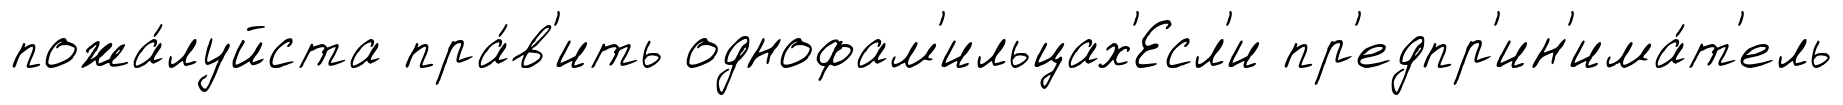
пожа́луйста пра́в'ить однофам'ильцах'Есл'и пр'едпр'ин'има́т'ель